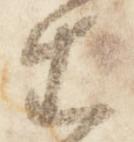
生